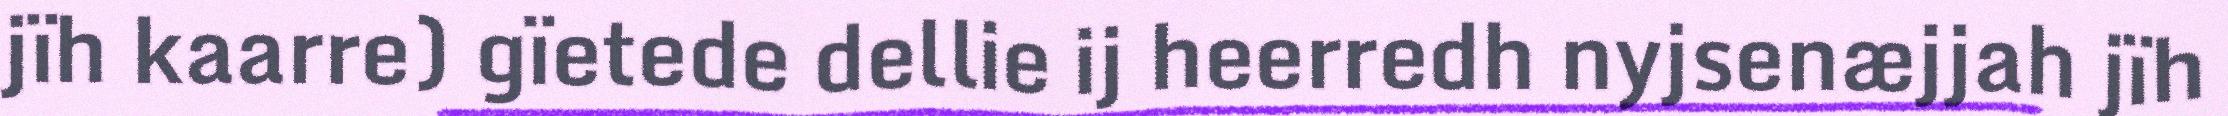
jïh kaarre) gïetede dellie ij heerredh nyjsenæjjah jïh